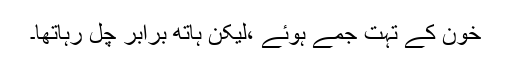
خون کے تہت جمے ہوئے ،لیکن ہاتھ برابر چل رہاتھا۔